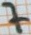
Text: 7